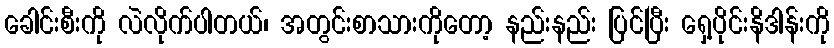
ခေါင်းစီးကို လဲလိုက်ပါတယ်၊ အတွင်းစာသားကိုတော့ နည်းနည်း ပြင်ပြီး ရှေ့ပိုင်းနိဒါန်းကို